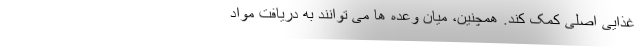
غذایی اصلی کمک کند. همچنین، میان وعده ها می توانند به دریافت مواد